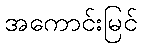
အကောင်းမြင်